Bréfritari: Sigríður Pálsdóttir
Viðtakandi: Páll Pálsson
Dagsetning: A-1864-06-25
Skrifað á: Breiðabólsstað  Rang.
Páll var bróðir Sigríðar

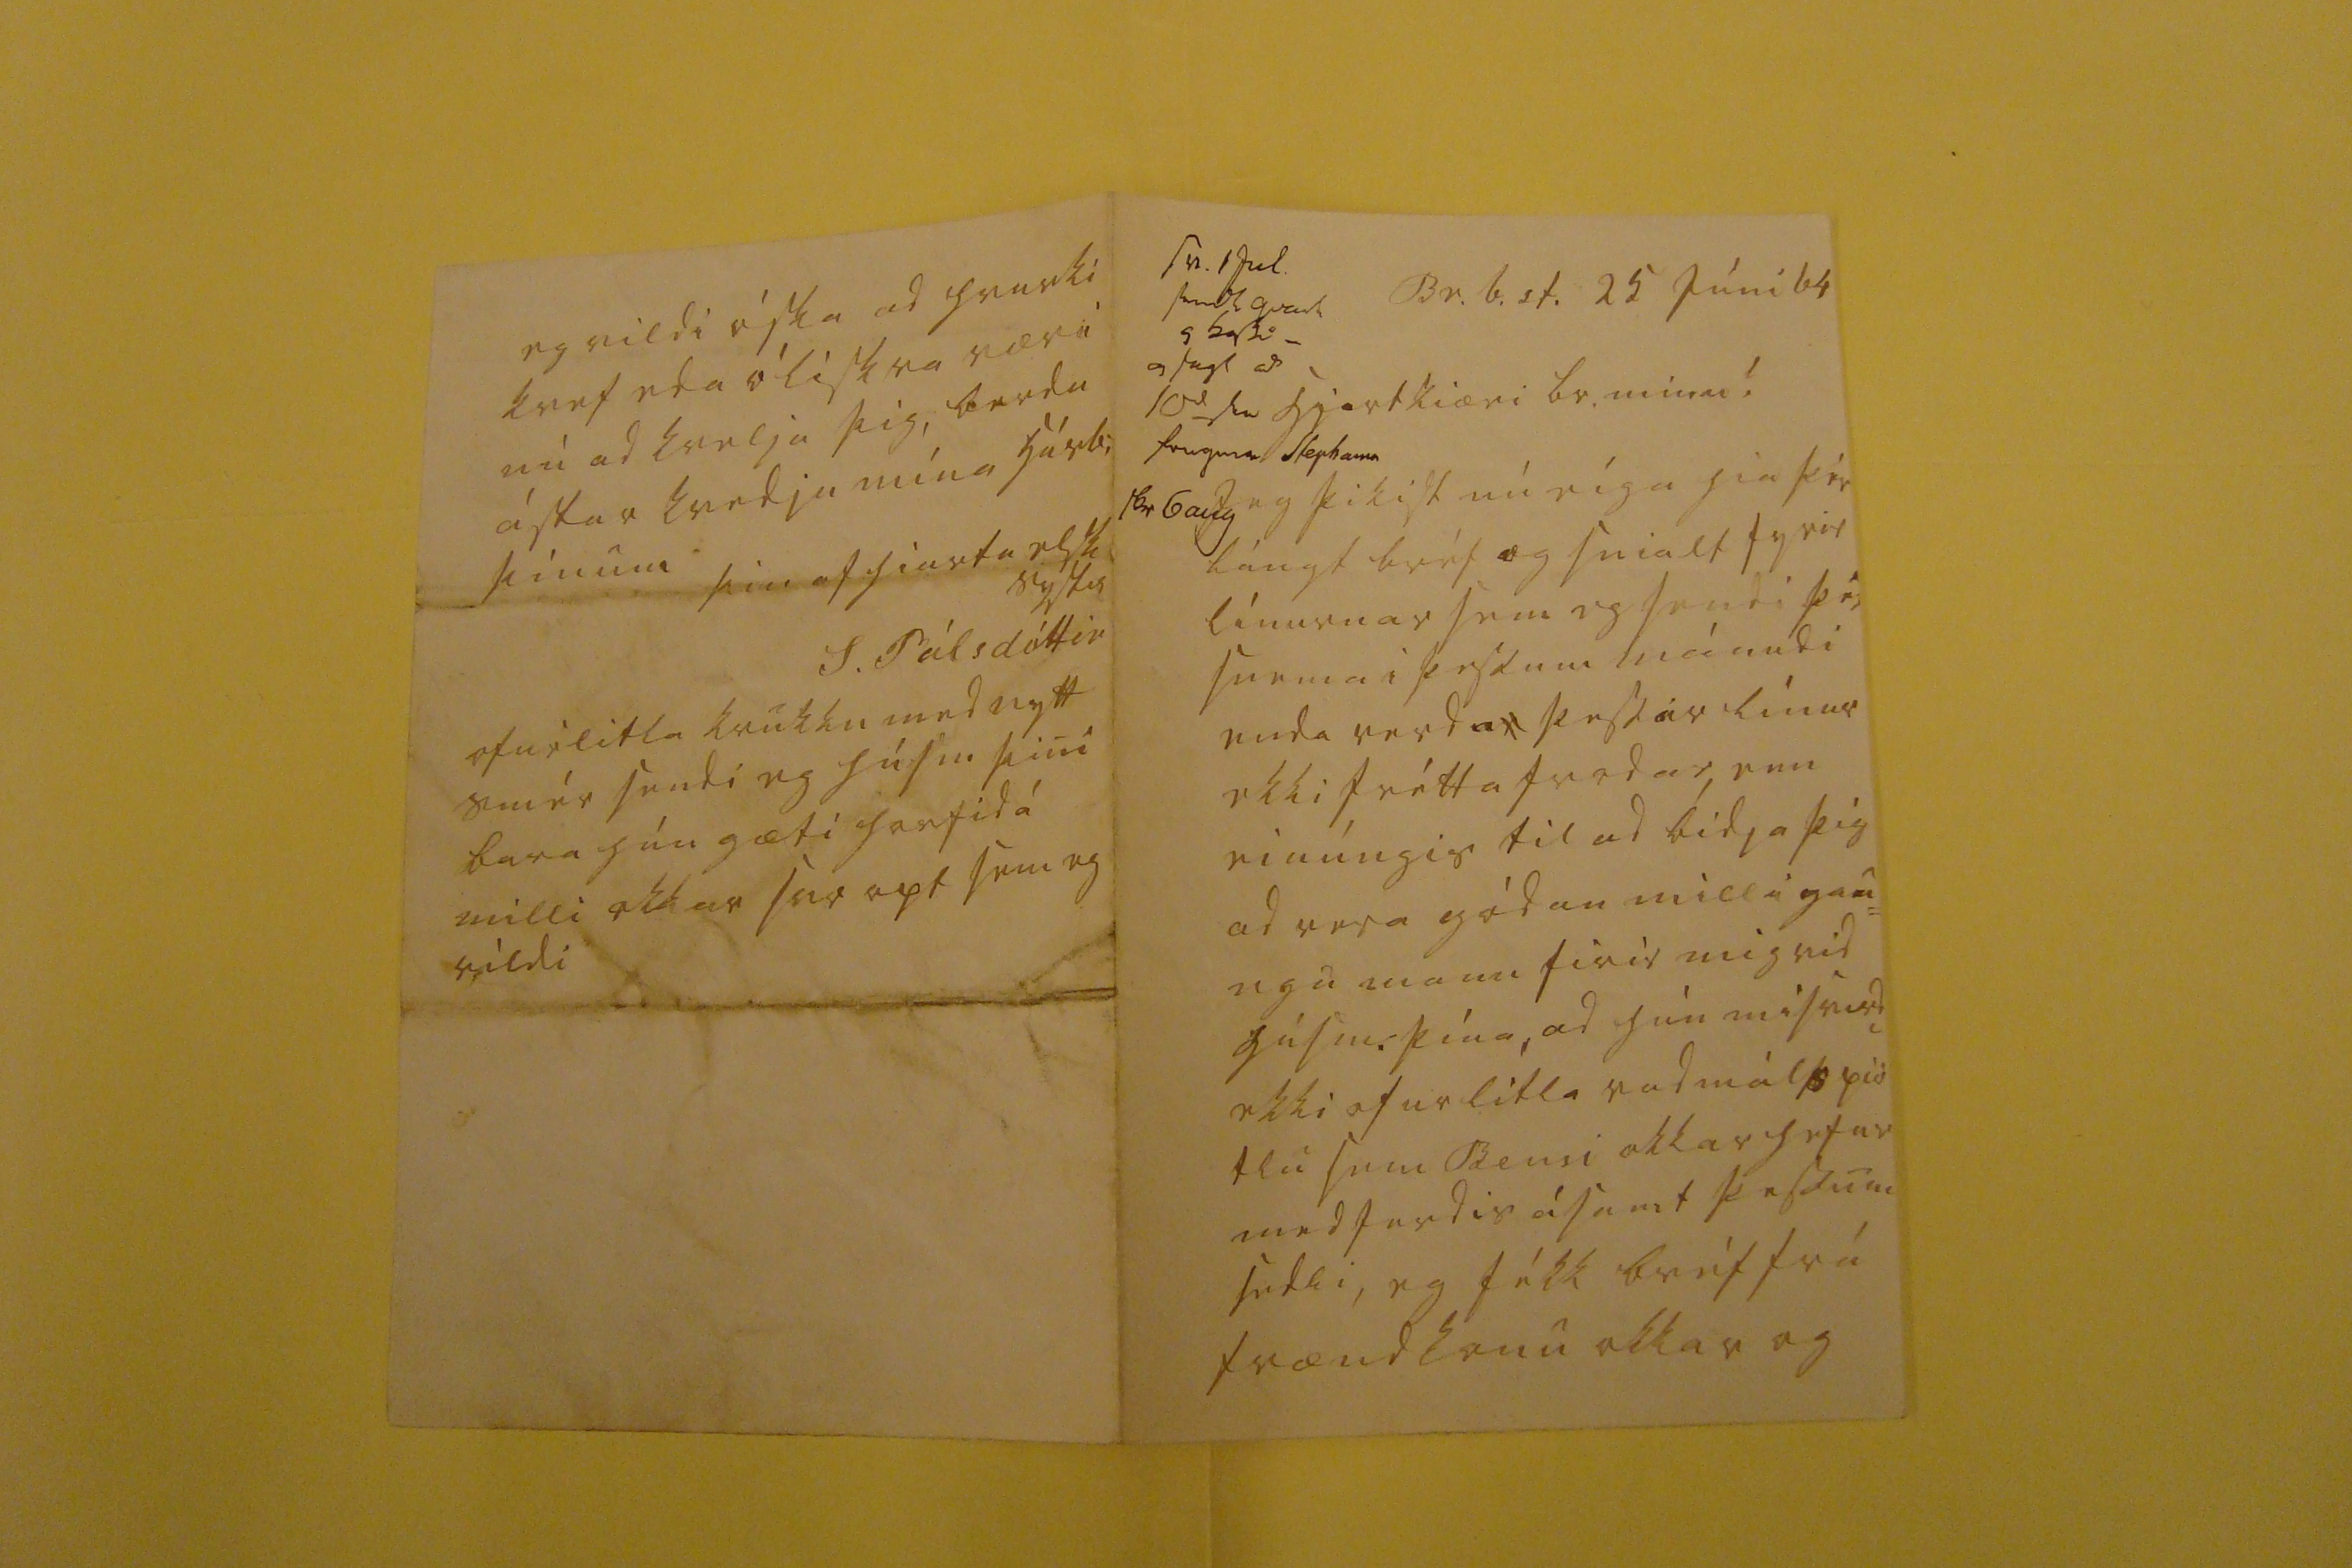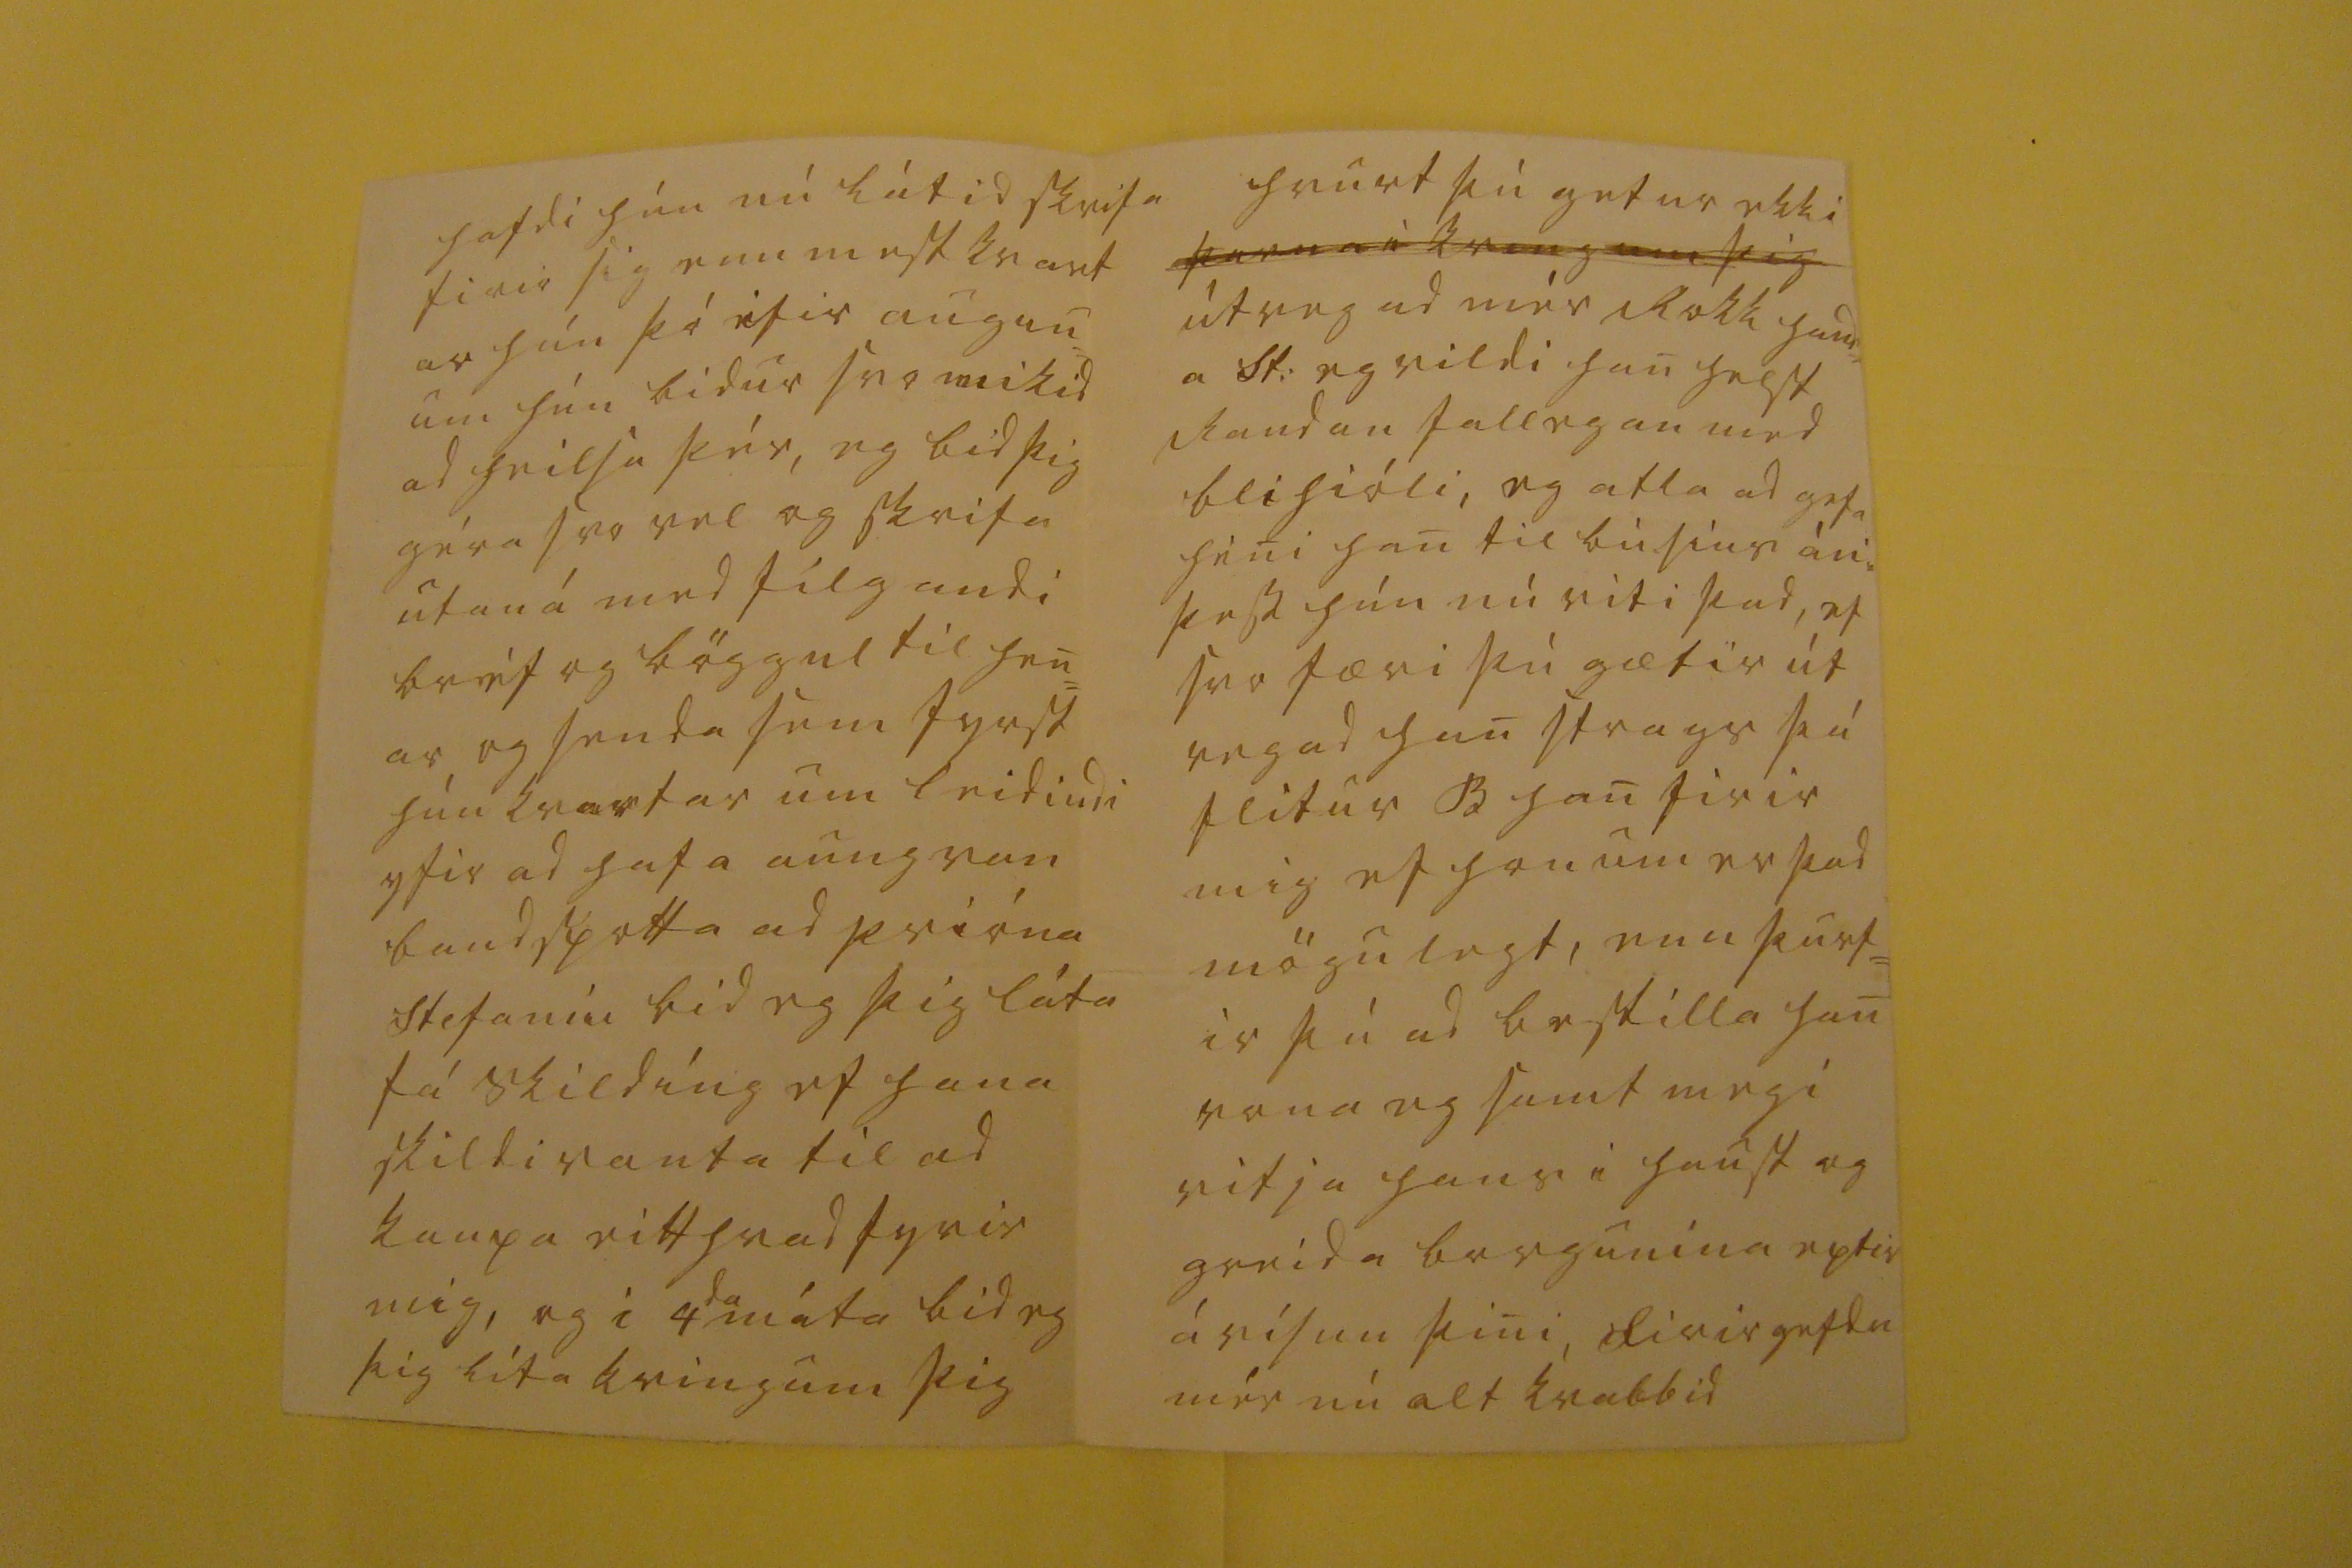

sv. 1 Jul send0 qvart 4 bassi_ a fugl ad 10s
d
sv fregna Stephania 16r 6 aug
Br.b.st. 25 júni 64
hjartkiæri br. minn!
Ieg þikist nú eíga hia þér lángt bréf og snialt fyrir línurnar sem eg sendi þér snema i þessum mánudi enda verda þessar línur ekki fréttafrodar, enn einúngis til ad bidja þig ad vera gódan milligau= ngu mann firir mig vid húsm. þína, ad hún misvirdi ekki ofurlitla vadmálspis tlu sem Bensi okkar hefur medferdis ásamt þessum sedli, eg fékk bréf frá frændkonu okkar og
hafdi hún nú látid skrifa firir sig enn mest kvart ar hún þó ifir augun= um hún bidur svo mikid ad heilsa þér, eg bid þig géra svo vel og skrifa utaná med filgandi bréf og böggul til hen= ar, og senda sem fyrst hún kvartar um leidindi yfir ad hafa aungvan bandspotta ad prióna Stefaníu bid eg þig láta fá skildíng ef hana skildi vanta til ad kaupa eitthvad fyrir mig, og i 4
da
máta bid eg þig líta kringum þig
hvurty þú getur ekki
þarna i kringum þig
útvegad mér lokk hand= a St: eg vildi han helst raudan fallegan med blihióli, eg atla ad gefa heni han til búsins án þess hún nú viti þad, ef svo færi þú gætir út vegad han strags þú flitur B han firir mig ef honum er þad mögulegt, enn þurf= ir þú ad bestilla han vona eg samt megi vitja hans i haust og greida borgunina eptir ávisun þini, firirgefdu mér nú alt kvabbid
eg vildi óska ad hvurki kvef eda óliskra væri nú ad kvelja þig, berdu ástar kvedju mína húsb: þínum
þin af hiarta elsk systir
S. Pálsdóttir
ofurlitla krukku med nytt smér sendi eg húsm þini bara hún gæti horfid á milli okkar svo opt sem eg vildi